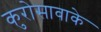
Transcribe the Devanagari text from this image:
कुरोसावाके